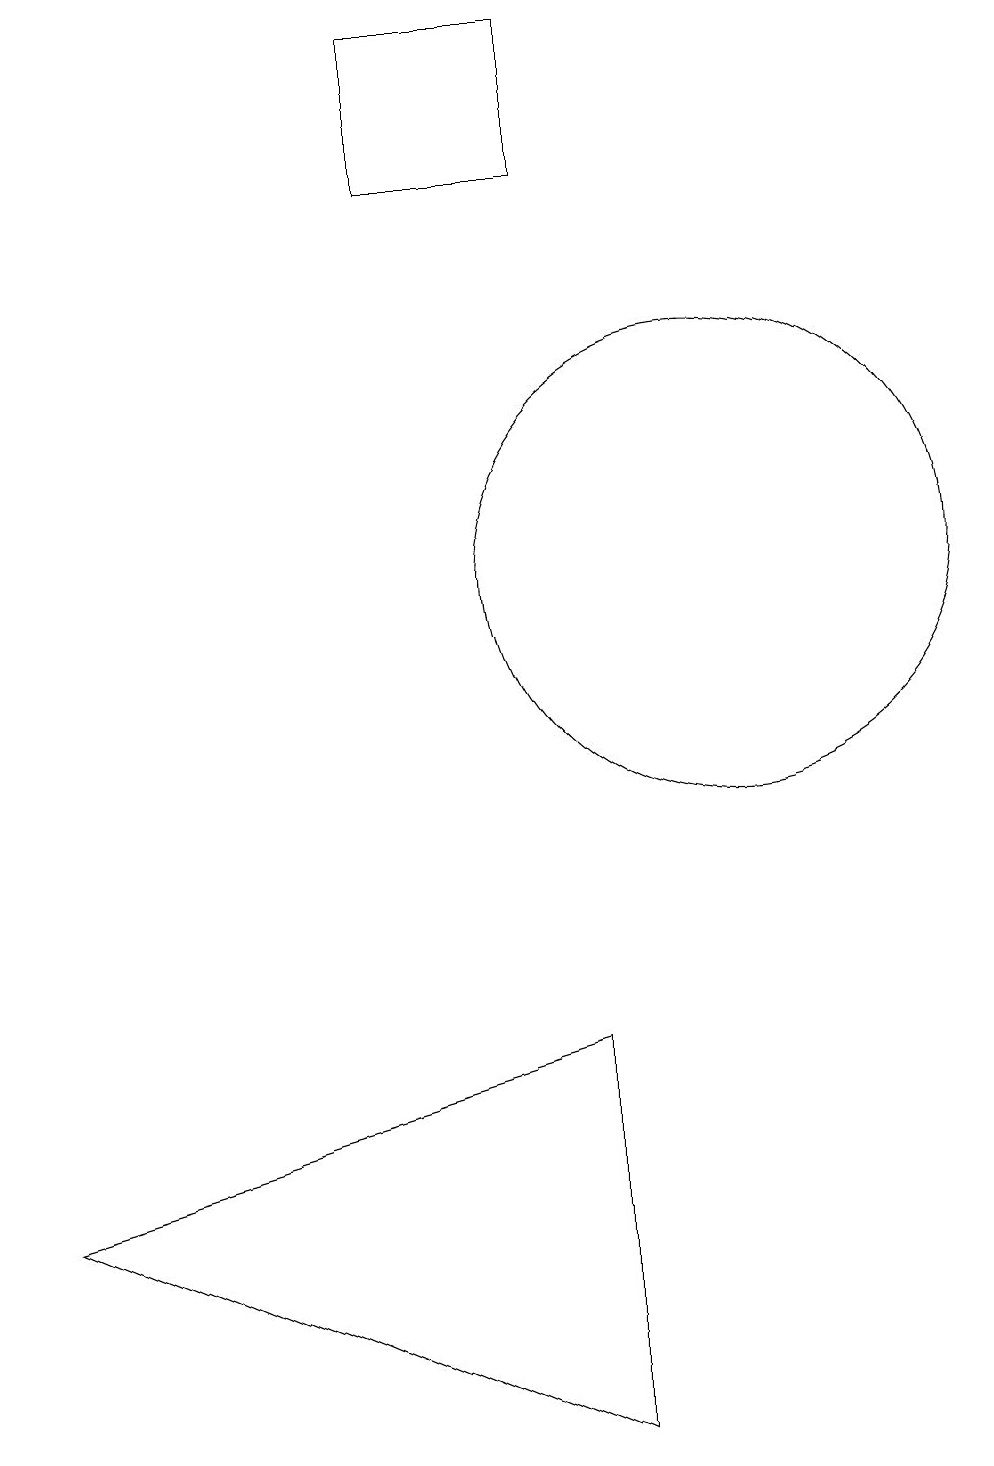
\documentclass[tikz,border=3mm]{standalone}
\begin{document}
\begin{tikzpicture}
\draw (7,16) rectangle (9,18);
\draw (9,0) -- (2,3) -- (9,5) -- cycle;
\draw (11,11) circle (3);
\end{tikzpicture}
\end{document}